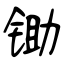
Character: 锄